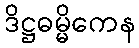
ဒိဋ္ဌဓမ္မိကေန